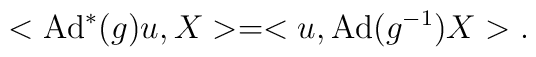
<\mbox{Ad}^*(g)u,X>=<u,\mbox{Ad}(g^{-1})X>.